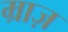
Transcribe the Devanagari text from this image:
म्राज़